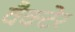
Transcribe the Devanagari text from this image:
वैक्टेर